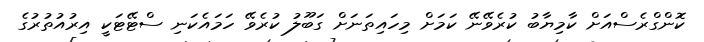
ކޮންގްރެސްއަށް ކާމިޔާބު ކުރެވޭނޭ ކަމަށް މިހައިތަނަށް ގަބޫލު ކުރެވޭ ހަމައެކަނި ސްޓޭޓަކީ އިރުއުތުރުގެ